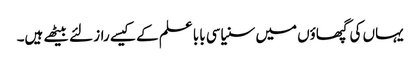
یہاں کی گپھاؤں میں سنیاسی بابا علم کے کیسے راز لئے بیٹھے ہیں۔